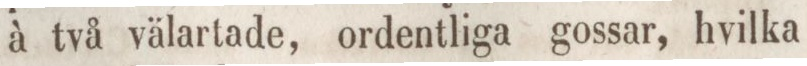
à två välartade, ordentliga gossar, hvilka